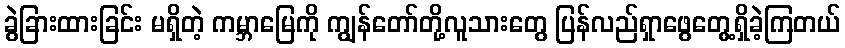
ခွဲခြားထားခြင်း မရှိတဲ့ ကမ္ဘာမြေကို ကျွန်တော်တို့လူသားတွေ ပြန်လည်ရှာဖွေတွေ့ရှိခဲ့ကြတယ်